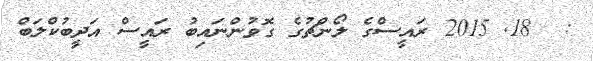
:  18